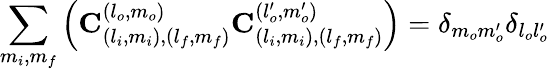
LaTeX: \sum_{m_{i},m_{f}}\left(\mathbf{C}_{(l_{i},m_{i}),(l_{f},m_{f})}^{(l_{o},m_{o})}\mathbf{C}_{(l_{i},m_{i}),(l_{f},m_{f})}^{(l_{o}^{\prime},m_{o}^{\prime})}\right)=\delta_{m_{o}m_{o}^{\prime}}\delta_{l_{o}l_{o}^{\prime}}